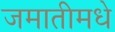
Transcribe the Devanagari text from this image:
जमातीमधे